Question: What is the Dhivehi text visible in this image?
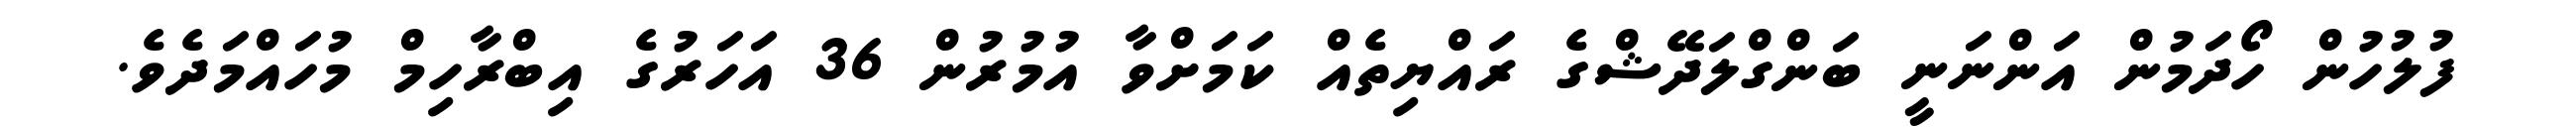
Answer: ފުލުހުން ހޯދަމުން އަންނަނީ ބަންގްލަދޭޝްގެ ރައްޔިތެއް ކަމަށްވާ އުމުރުން 36 އަހަރުގެ އިބްރާހިމް މުހައްމަދެވެ.